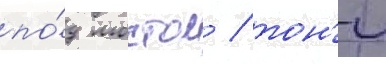
по́д мостом / тон'и